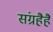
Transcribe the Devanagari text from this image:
संग्रहैहै